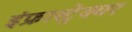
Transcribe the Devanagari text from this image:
इंफ्रास्ट्रेक्चर